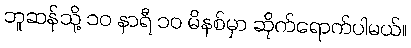
ဘူဆန်သို့ ၁၀ နာရီ ၁၀ မိနစ်မှာ ဆိုက်ရောက်ပါမယ်။